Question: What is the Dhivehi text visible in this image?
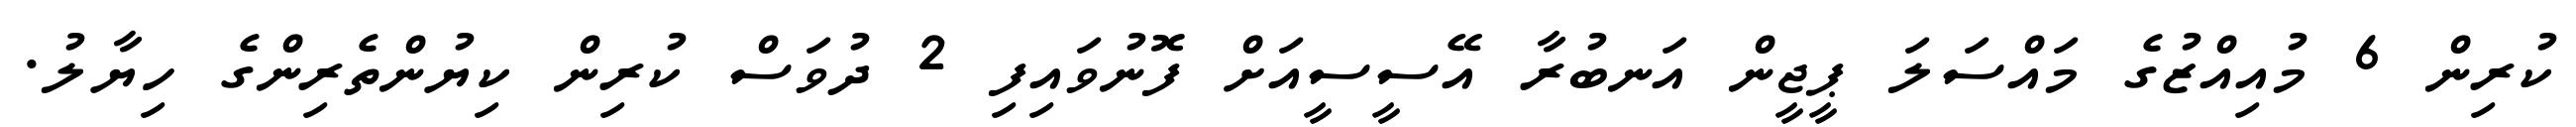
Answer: ކުރިން 6 މުއިއްޒުގެ މައްސަލަ ޕީޖީން އަނބުރާ އޭސީސީއަށް ފޮނުވައިފި 2 ދުވަސް ކުރިން ކިޔުންތެރިންގެ ހިޔާލު.